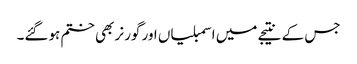
جس کے نتیجے میں اسمبلیاں اور گورنر بھی ختم ہوگئے۔